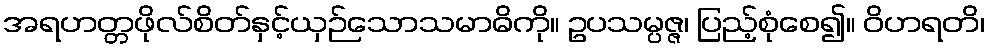
အရဟတ္တဖိုလ်စိတ်နှင့်ယှဉ်သောသမာဓိကို။ ဥပသမ္ပဇ္ဇ၊ ပြည့်စုံစေ၍။ ဝိဟရတိ၊